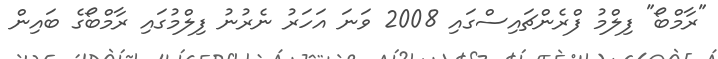
"ރާމްބޯ" ފިލްމު ފްރެންޗައިސްގައި 2008 ވަނަ އަހަރު ނެރުނު ފިލްމުގައި ރާމްބޯގެ ބައިން